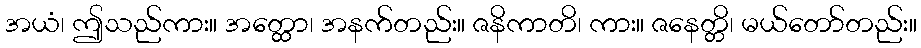
အယံ၊ ဤသည်ကား။ အတ္ထော၊ အနက်တည်း။ ဇနိကာတိ၊ ကား။ ဇနေတ္တိ၊ မယ်တော်တည်း။